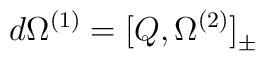
d \Omega^{(1)} = \big [ Q , \Omega^{(2)} \big{]}_{\pm}